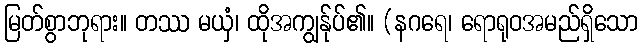
မြတ်စွာဘုရား။ တဿ မယှံ၊ ထိုအကျွန်ုပ်၏။ (နဂရေ၊ ရောရုဝအမည်ရှိသော